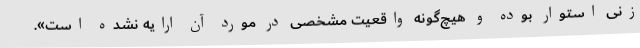
زنی استوار بوده و هیچ‌گونه واقعیت مشخصی در مورد آن ارایه نشده است».